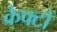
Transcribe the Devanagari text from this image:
क्रेफ्टों